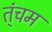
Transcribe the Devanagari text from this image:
त्ंचम